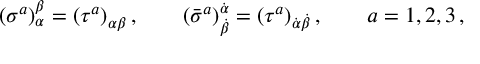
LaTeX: ( \sigma ^ { a } ) _ { \alpha } ^ { \beta } = ( \tau ^ { a } ) _ { \alpha \beta } \, , \qquad ( \bar { \sigma } ^ { a } ) _ { \dot { \beta } } ^ { \dot { \alpha } } = ( \tau ^ { a } ) _ { \dot { \alpha } \dot { \beta } } \, , \qquad a = 1 , 2 , 3 \, ,